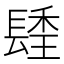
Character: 𨲚